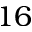
1 6